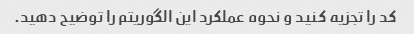
کد را تجزیه کنید و نحوه عملکرد این الگوریتم را توضیح دهید.